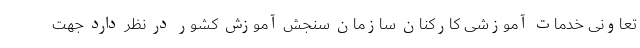
تعاونی خدمات آموزشی کارکنان سازمان سنجش آموزش کشور در نظر دارد جهت